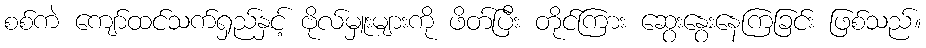
စစ်ကဲ ကျော်ထင်သက်ရှည်နှင့် ဗိုလ်မှူးများကို ဖိတ်ပြီး တိုင်ကြား ဆွေးနွေးနေကြခြင်း ဖြစ်သည်။